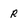
Character: r